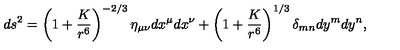
d s ^ { 2 } = \left( 1 + { \frac { K } { r ^ { 6 } } } \right) ^ { - 2 / 3 } \eta _ { \mu \nu } d x ^ { \mu } d x ^ { \nu } + \left( 1 + { \frac { K } { r ^ { 6 } } } \right) ^ { 1 / 3 } \delta _ { m n } d y ^ { m } d y ^ { n } ,